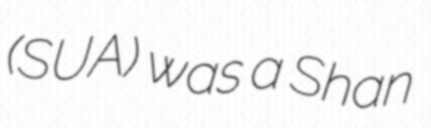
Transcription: (SUA) was a Shan